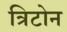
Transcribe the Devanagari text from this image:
त्रिटोन